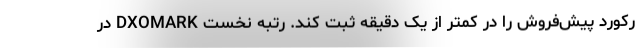
رکورد پیش‌فروش را در کمتر از یک دقیقه ثبت کند. رتبه نخست DXOMARK در